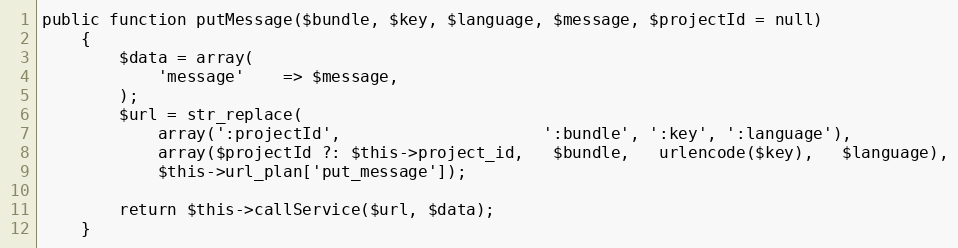
Language: PHP
public function putMessage($bundle, $key, $language, $message, $projectId = null)
    {
        $data = array(
            'message'    => $message,
        );
        $url = str_replace(
            array(':projectId',                     ':bundle', ':key', ':language'),
            array($projectId ?: $this->project_id,   $bundle,   urlencode($key),   $language),
            $this->url_plan['put_message']);

        return $this->callService($url, $data);
    }